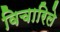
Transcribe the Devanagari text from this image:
विचारिले